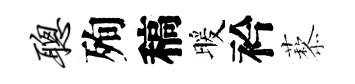
聪殉稿暖衿藜